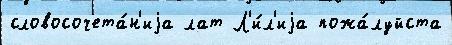
словосочета́н'иjа лат Л'и́л'иjа пожа́луйста